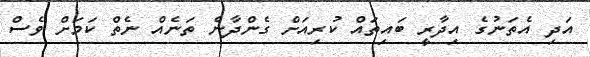
އަދި އެތަނުގެ އިދާރީ ބައިތައް ކުރިއަށް ގެންދާނެ ތަނެއް ނެތް ކަމަށް ވެސް